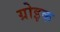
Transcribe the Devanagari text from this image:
ग्रोइक